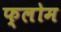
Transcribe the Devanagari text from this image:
फ्लोम